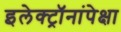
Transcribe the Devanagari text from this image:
इलेक्ट्रॉनांपेक्षा